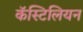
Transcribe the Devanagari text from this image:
कॅस्टिलियन